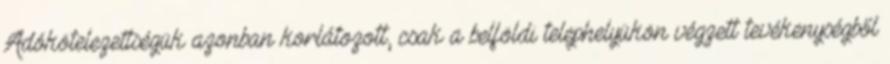
Adókötelezettségük azonban korlátozott, csak a belföldi telephelyükön végzett tevékenységből